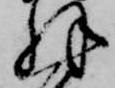
解